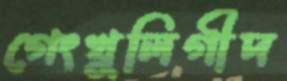
গেংখুলিগীদ